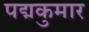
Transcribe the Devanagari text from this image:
पद्मकुमार